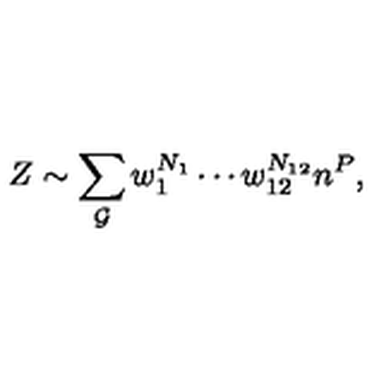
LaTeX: Z \sim \sum _ { { \cal G } } w _ { 1 } ^ { N _ { 1 } } \cdots w _ { 1 2 } ^ { N _ { 1 2 } } n ^ { P } ,